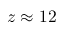
z \approx 1 2